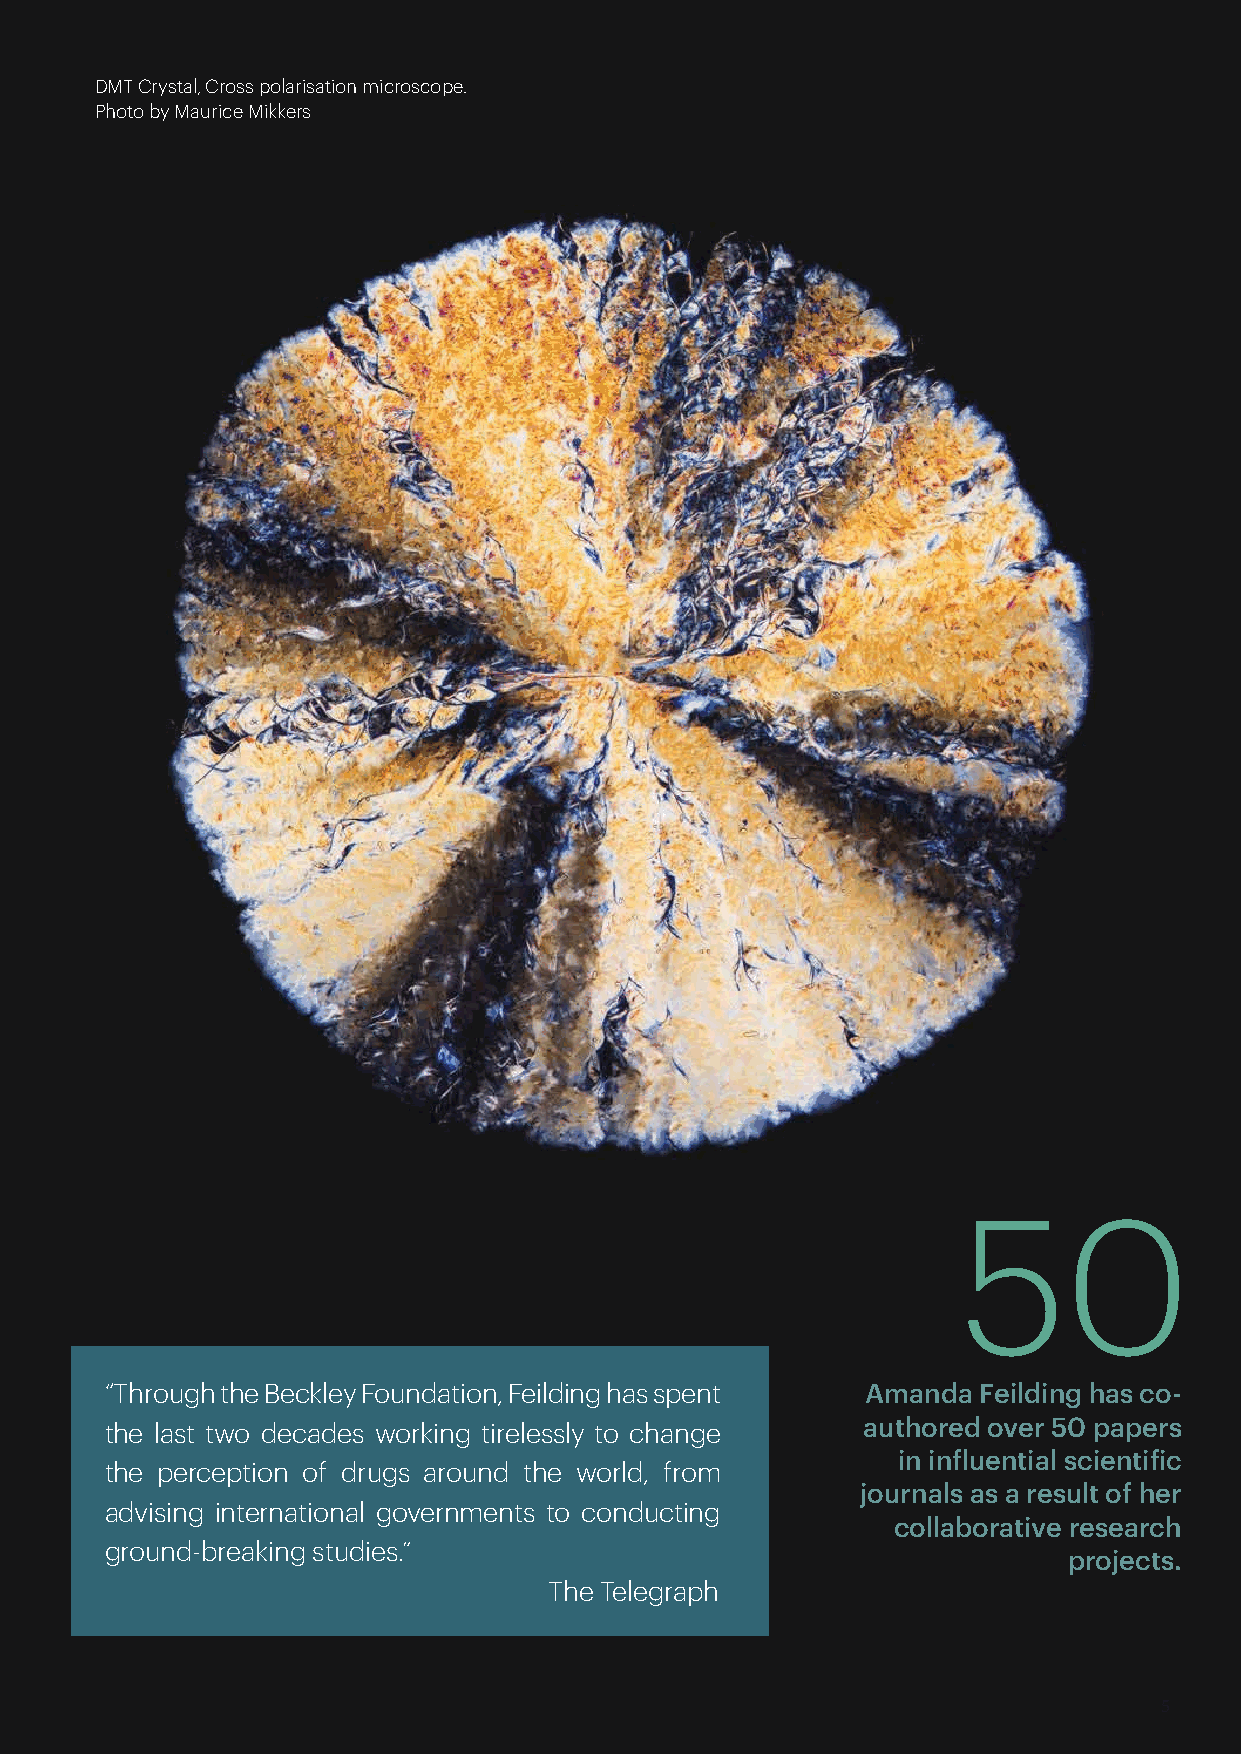
.
 DMT Crystal, Cross polarisation microscope.
 Photo by Maurice Mikkers
 50
 “Through the Beckley Foundation, Feilding has spent Amanda Feilding has co-
 the last two decades working tirelessly to change authored over 50 papers
 in influential scientific
 the perception of drugs around the world, from
 journals as a result of her
 advising international governments to conducting
 collaborative research
 ground-breaking studies.”
 projects.
 The Telegraph
 5